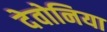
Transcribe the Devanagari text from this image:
देवोनिया